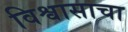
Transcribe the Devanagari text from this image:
विश्वासाचा